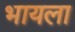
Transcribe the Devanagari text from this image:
भायला